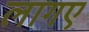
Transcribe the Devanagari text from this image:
लागए